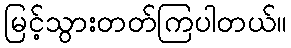
မြင့်သွားတတ်ကြပါတယ်။